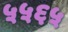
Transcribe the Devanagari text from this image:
५५६५